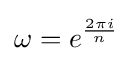
\omega =e^{\frac {2\pi i}{n}}